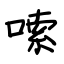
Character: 嗦